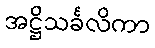
အဋ္ဌိသင်္ခလိကာ